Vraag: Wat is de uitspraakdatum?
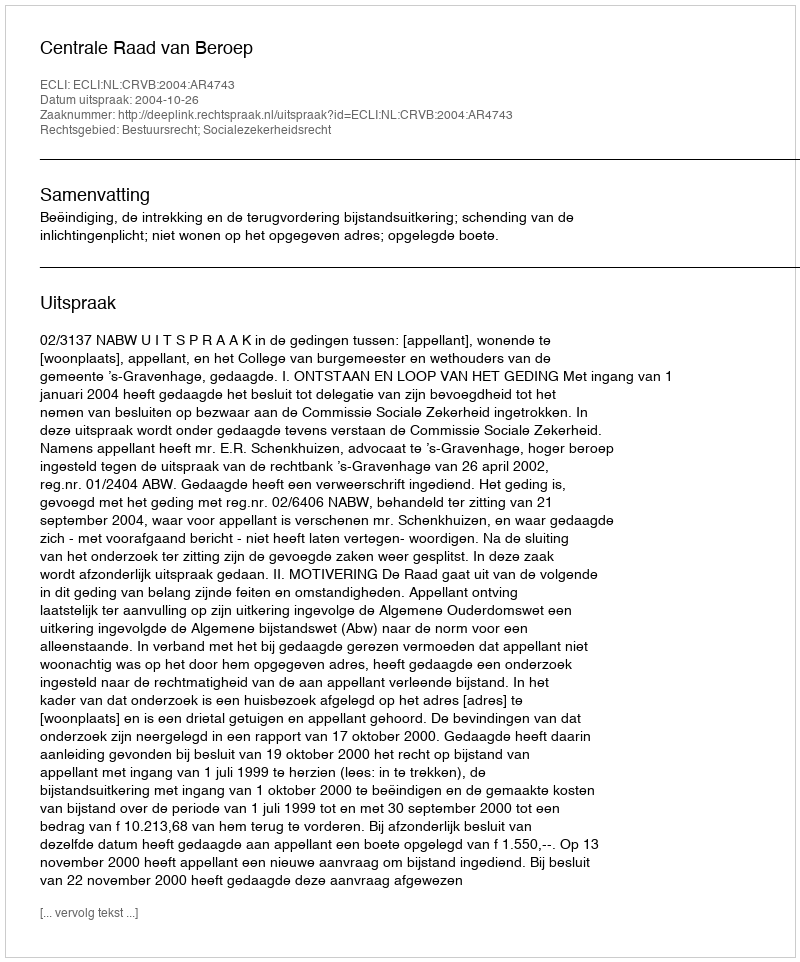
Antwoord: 2004-10-26